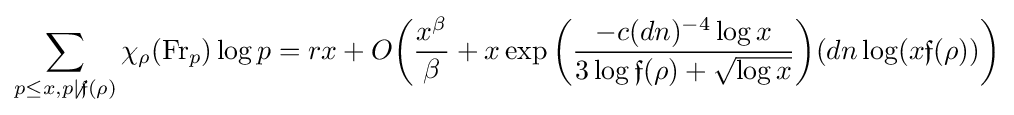
\sum _{p\leq x,p\not \mid {\mathfrak {f}}(\rho )}\chi _{\rho }({\text{Fr}}_{p})\log p=rx+O{\biggl (}{\frac {x^{\beta }}{\beta }}+x\exp {\biggl (}{\frac {-c(dn)^{-4}\log x}{3\log {\mathfrak {f}}(\rho )+{\sqrt {\log x}}}}{\biggr )}(dn\log(x{\mathfrak {f}}(\rho )){\biggr )}